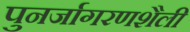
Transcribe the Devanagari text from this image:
पुनर्जागरणशैली